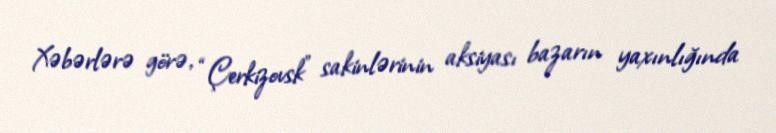
Xəbərlərə görə, “Çerkizovsk” sakinlərinin aksiyası bazarın yaxınlığında